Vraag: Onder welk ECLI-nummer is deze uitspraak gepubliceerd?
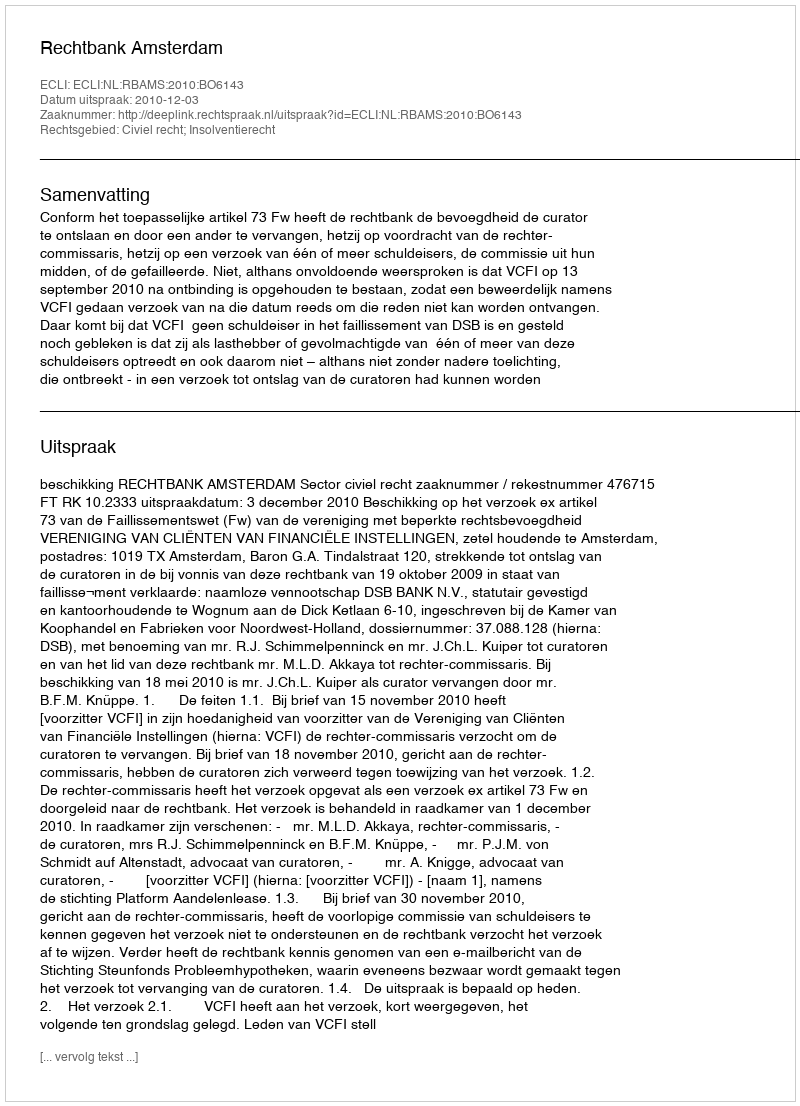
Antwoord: ECLI:NL:RBAMS:2010:BO6143